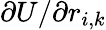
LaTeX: \partial U/\partial r_{i,k}